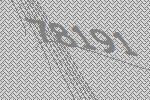
78191